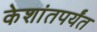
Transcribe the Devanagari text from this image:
केशांतपर्यंत